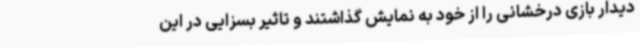
دیدار بازی درخشانی را از خود به نمایش گذاشتند و تاثیر بسزایی در این